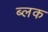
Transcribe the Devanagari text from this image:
ब्लक